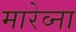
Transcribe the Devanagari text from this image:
मारेव्ना